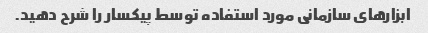
ابزارهای سازمانی مورد استفاده توسط پیکسار را شرح دهید.